Report of the Municipal Commissioner on the plague in Bombay for the year ending 31st May... - Volume 3
Disease focus: Plague
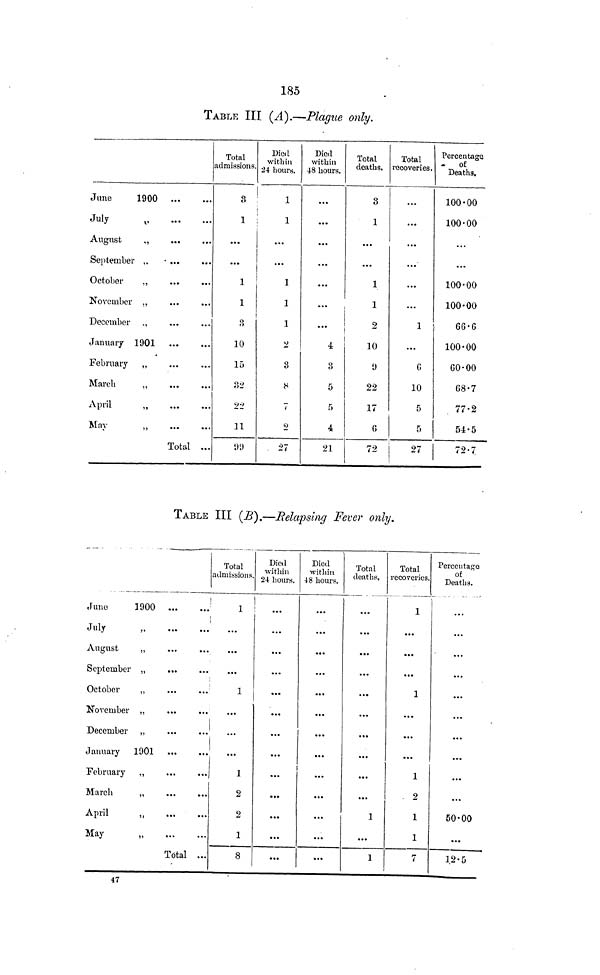
185
TABLE III (A).—Plague only.
June
1900
July
August
„
October
,,
November ,,
December „
January 1901
February ,,
March
,,
April
„
May
„
Total ...
Total
admissions.
8
1
1
1
8
10
15
82
22
11
99)
Died
within
24 hours.
1
1
...
...
1
1
1
2
3
8
7
9
•27
Died
within
48 hours.
...
...
...
...
...
...
...
4
8
5
5
4
21
Total
deaths.
3
1
...
...
1
1
2
10
0
22
17
G
72
Total
recoveries.
...
...
...
...
...
...
1
...
G
10
5
5
27
Percentage
- of
Deaths.
100-00
100-00
...
...
100-00
100-00
100.00
60 .00
68.7
77.2
54.5
72.7
TABLE III (B).—Relapsing Fever only.
June
1900
July
„
August
„
September „
October
„
November ,,
December „
January 1901 ...
...
February ,,
March
,,
April
May
„
Total ...
Total
admissions.
1
...
...
1
...
...
...
1
2
2
1
8
Died
within
24 hours.
...
...
...
...
...
...
...
...
...
...
...
• • •
Died
within
48 hours.
...
...
...
...
...
...
...
...
...
...
...
...
Total
deaths.
...
...
...
...
...
...
...
...
...
...
1
...
1
Total
recoveries.
1
...
...
...
1
...
...
...
1
2
1
1
7
Percentage
of
Deaths.
.. .
...
...
...
...
...
...
...
...
...
50.00
...
47